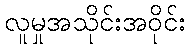
လူမှုအသိုင်းအဝိုင်း